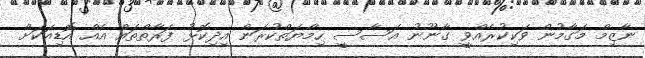
ނާޒިމް މަގާމުން ވަކިކުރެއްވީ ގާނޫނު އަސާސީ ހިމާޔަތްކުރަން އިދިކޮޅު ފަރާތްތައް އެއް އޮޑިއަކަށް